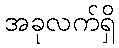
အခုလက်ရှိ